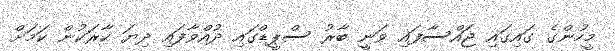
މީހުންގެ ގައިގައި ޖައްސާފައި ވަނީ ބާރު ސްޕީޑްގައި ދުއްވާފައި ދިޔަ ކާރަކުން ކަމަށް